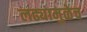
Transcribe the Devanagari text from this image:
लढ्यामुळेच